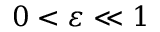
0 < \varepsilon \ll 1